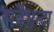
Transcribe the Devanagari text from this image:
सबैभन्दा